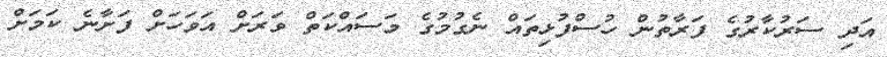
އަދި ސަރުކާރުގެ ފަރާތުން ހުސްފުޅިތައް ނެގުމުގެ މަސައްކަތް ވަރަށް އަވަހަށް ފަށާނެ ކަމަށް